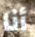
أنا